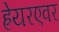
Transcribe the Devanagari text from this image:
ह्रेयरएवर